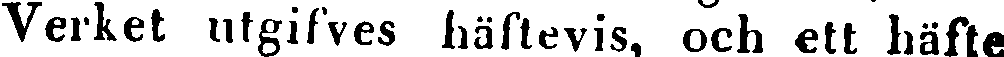
Verket utgifves häftevis, och ett häfte